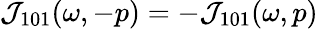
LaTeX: {\cal J}_{101}(\omega,-p)=-{\cal J}_{101}(\omega,p)